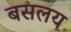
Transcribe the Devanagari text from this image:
बसलय